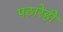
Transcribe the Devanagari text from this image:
पठारेही